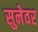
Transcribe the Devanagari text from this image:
सुनेवर